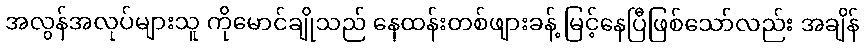
အလွန်အလုပ်များသူ ကိုမောင်ချိုသည် နေထန်းတစ်ဖျားခန့် မြင့်နေပြီဖြစ်သော်လည်း အချိန်